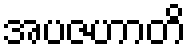
အပဇဟာတိ